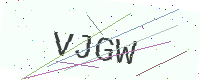
Text: VJGW